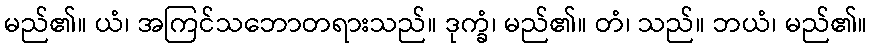
မည်၏။ ယံ၊ အကြင်သဘောတရားသည်။ ဒုက္ခံ၊ မည်၏။ တံ၊ သည်။ ဘယံ၊ မည်၏။